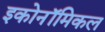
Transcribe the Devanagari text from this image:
इकोनॉमिकल